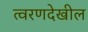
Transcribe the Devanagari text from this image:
त्वरणदेखील